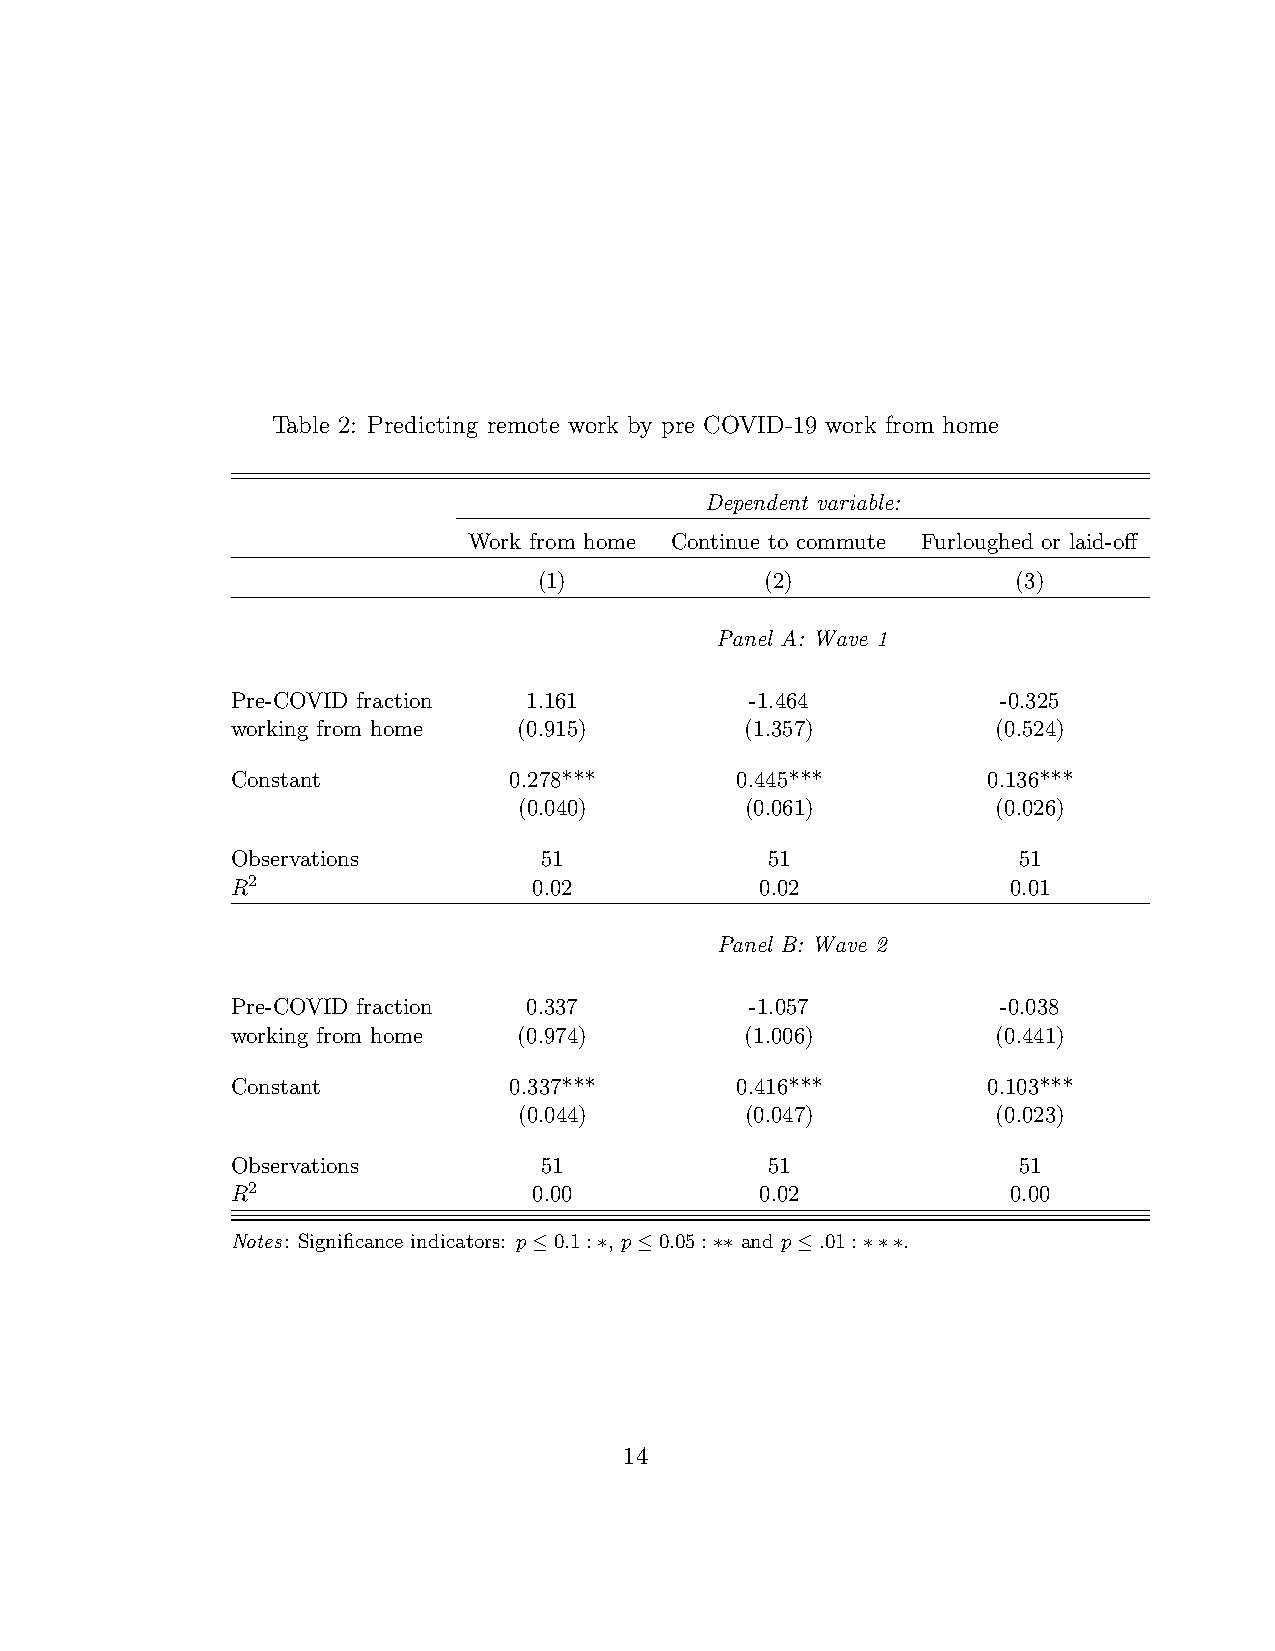
Table 2: Predicting remote work by pre COVID-19 work from home
 Dependent variable:
 Work from home Continue to commute Furloughed or laid-off
 (1)            (2)             (3)
 Panel A: Wave 1
 Pre-COVID fraction  1.161          -1.464          -0.325
 working from home  (0.915)        (1.357)          (0.524)
 Constant           0.278***       0.445***        0.136***
 (0.040)        (0.061)          (0.026)
 Observations         51             51              51
 R2                  0.02           0.02             0.01
 Panel B: Wave 2
 Pre-COVID fraction  0.337          -1.057          -0.038
 working from home  (0.974)        (1.006)          (0.441)
 Constant           0.337***       0.416***        0.103***
 (0.044)        (0.047)          (0.023)
 Observations         51             51              51
 R2                  0.00           0.02             0.00
 Notes: Significance indicators: p≤0.1:∗, p≤0.05:∗∗ and p≤.01:∗∗∗.
 14